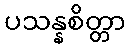
ပသန္နစိတ္တာ